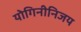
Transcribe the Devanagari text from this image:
योगिनीनिजय